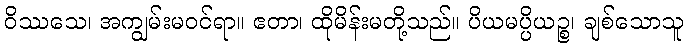
ဝိဿသေ၊ အကျွမ်းမဝင်ရာ။ ဧတာ၊ ထိုမိန်းမတို့သည်။ ပိယမပ္ပိယဉ္စ၊ ချစ်သောသူ